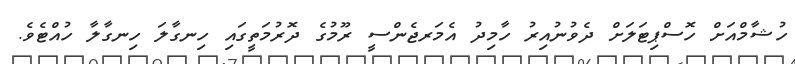
ހުޝާމްއަށް ހޮސްޕިޓަލަށް ދެވުނުއިރު ހާމިދު އެމަރޖެންސީ ރޫމުގެ ދޮރުމަތީގައި ހިނގާލަ ހިނގާލާ ހުއްޓެވެ.